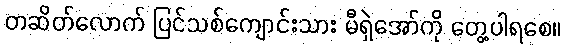
တဆိတ်လောက် ပြင်သစ်ကျောင်းသား မီရှဲအော်ကို တွေ့ပါရစေ။